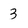
Character: 3